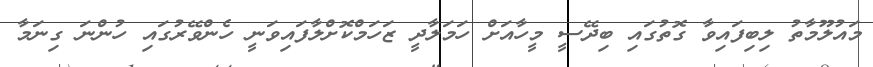
މައުލޫމާތު ލިބިފައިވާ ގޮތުގައި ބިދޭސީ މީހާއަށް ހަމަލާދީ ޒަހަމްކޮށްލާފައިވަނީ ހެންވޭރުގައި ހުންނަ ގިނަމާ